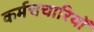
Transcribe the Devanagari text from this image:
कर्मचचारियों